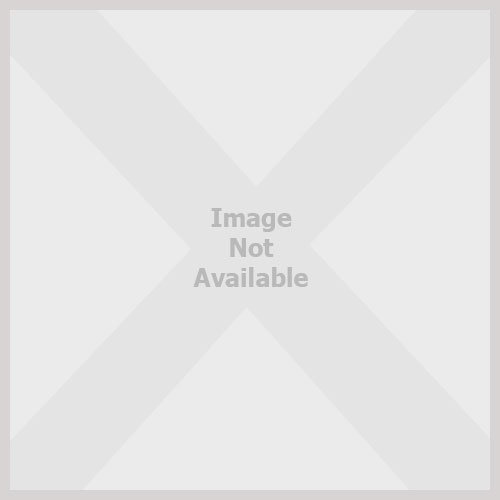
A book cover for Urban Legends - 666 Absolutely True Stories That Happened to a Friend.of a Friend.of a Friend; Thomas Craughwell; Humor & Entertainment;